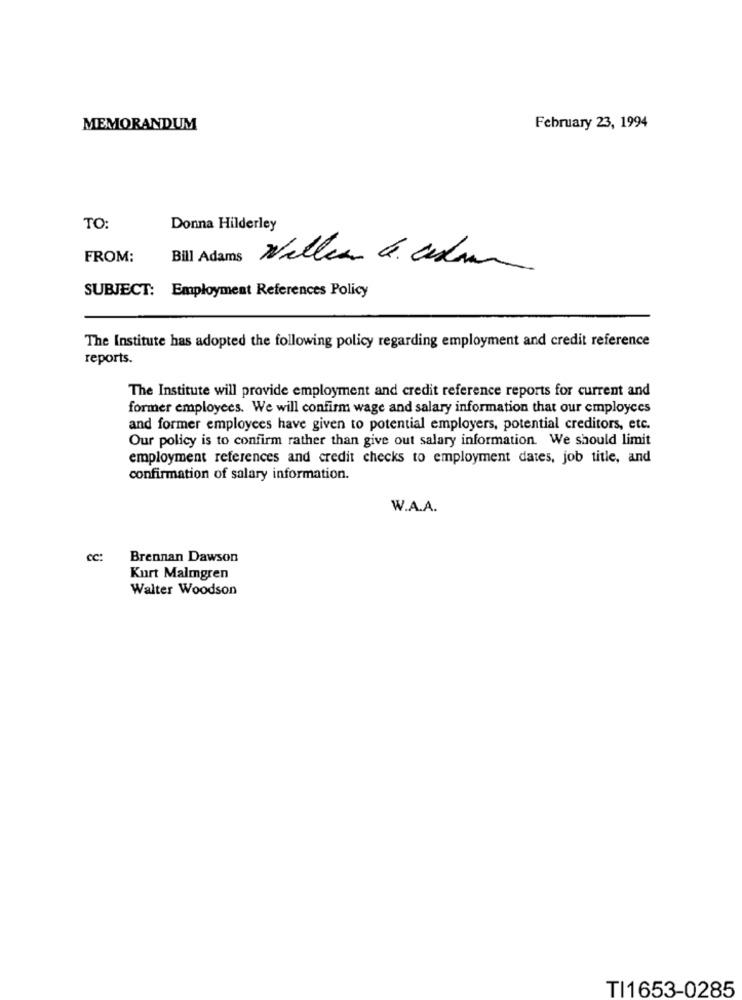
MEMORANDUM
February 23, 1994
TO:
Donna Hilderley
FROM:
Bill Adams
Nilles 6. celaare
SUBJECT: Employment References Policy
The Institute has adopted the following policy regarding employment and credit reference
reports.
The Institute will provide employment and credit reference reports for current and
former employees. We will confirm wage and salary information that our employees
and former employees have given to potential employers, potential creditors, etc.
Our policy is to confirm rather than give out salary information. We should limit
employment references and credit checks to employment dates, job title, and
confirmation of salary information.
W.A.A.
cc:
Brennan Dawson
Kurt Malmgren
Walter Woodson
TI1653-0285